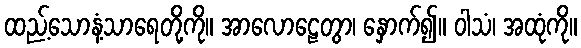
ထည့်သောနံ့သာရေတို့ကို။ အာလောဠေတွာ၊ နှောက်၍။ ဝါသံ၊ အထုံကို။